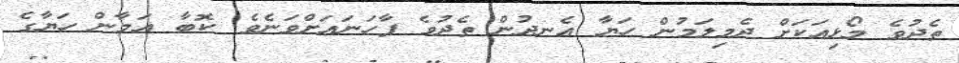
ތެދުވެ މޯޅިއަކަށް ދެމިލަމުން ހަޔާ އެނދުން ތެދުވެ ފާހަނައަށްވަނެވެ. ކޮބާ އަމާން ހަޔާގެ